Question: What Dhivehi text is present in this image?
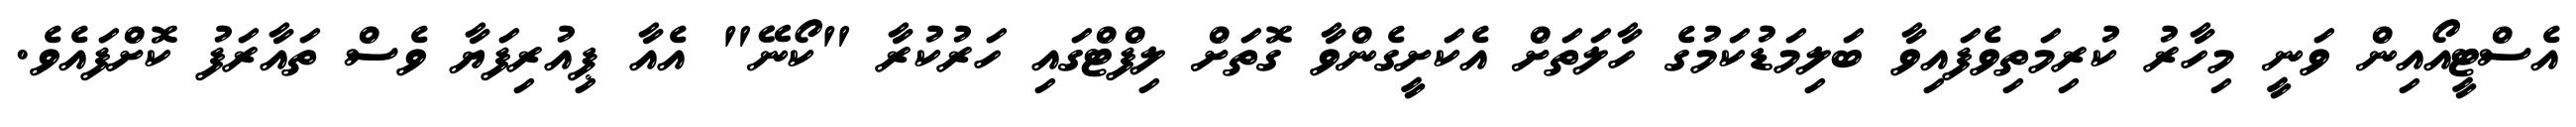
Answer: އެސްޓީއޯއިން ވަނީ މިހާރު ކުރިމަތިވެފައިވާ ބަލިމަޑުކަމުގެ ހާލަތަށް އެކަށީގެންވާ ގޮތަށް ލިފްޓްގައި ހަރުކުރާ "ކޯނޭ" އެއާ ޕިއުރިފަޔާ ވެސް ތައާރަފު ކޮށްފައެވެ.